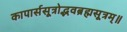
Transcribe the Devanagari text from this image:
कापार्ससूत्रोद्भवब्रह्मसूत्रम्॥